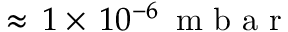
\approx \, 1 \times \, 1 0 ^ { - 6 } \, \mathrm { ~ m ~ b ~ a ~ r ~ }